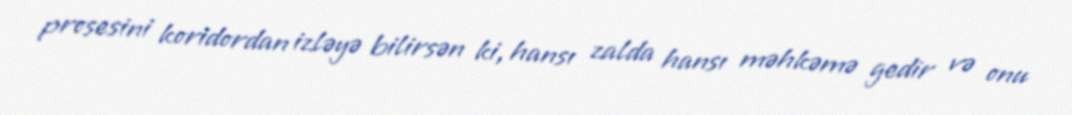
prosesini koridordan izləyə bilirsən ki, hansı zalda hansı məhkəmə gedir və onu